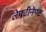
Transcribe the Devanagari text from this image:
लेफ्टीनेण्ट